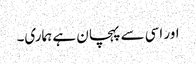
اور اسی سے پہچان ہے ہماری۔